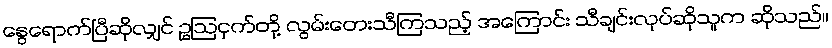
နွေရောက်ပြီဆိုလျှင် ဥဩငှက်တို့ လွမ်းတေးသီကြသည့် အကြောင်း သီချင်းလုပ်ဆိုသူက ဆိုသည်။